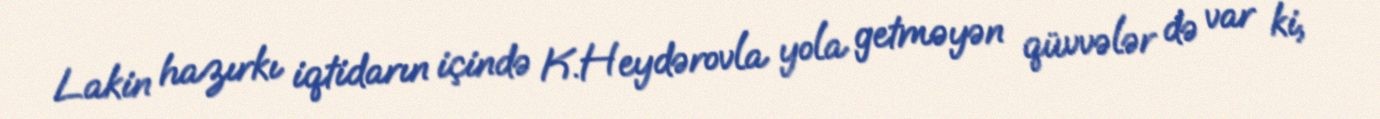
Lakin hazırkı iqtidarın içində K.Heydərovla yola getməyən qüvvələr də var ki,